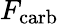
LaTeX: F_{\mathrm{carb}}